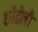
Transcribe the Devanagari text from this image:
कोंडोली